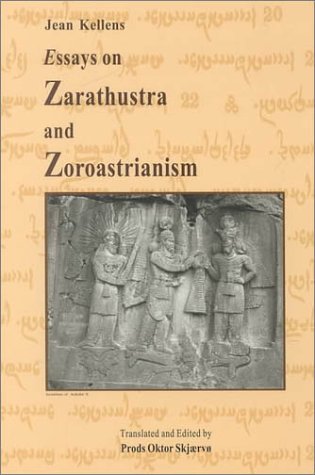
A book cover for Essays on Zarathustra and Zoroastrianism (Bibliotheca Iranica: Zoroastrian Studies Series); Jean Kellens; Religion & Spirituality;